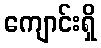
ကျောင်းရှိ